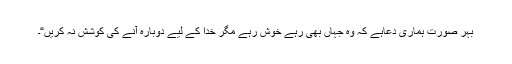
بہر صورت ہماری دعاہے کہ وہ جہاں بھی رہے خوش رہے مگر خدا کے لیے دوبارہ آنے کی کوشش نہ کریں“۔